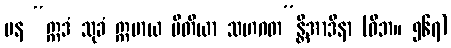
ပန “ဣဒံ သုခံ ဣမာယ ပီတိယာ သဟဂတ”န္တိအာဒိနာ (ဝိဘ။ ၅၆၇)